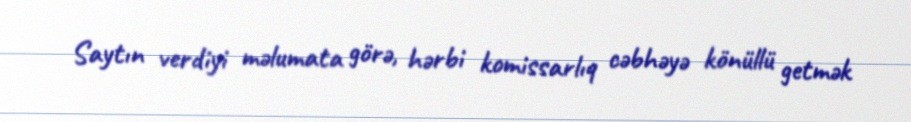
Saytın verdiyi məlumata görə, hərbi komissarlıq cəbhəyə könüllü getmək